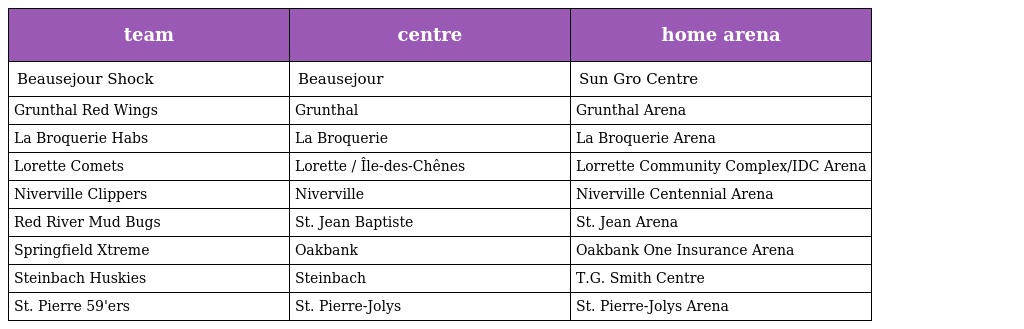
| team | centre | home arena |
 | --- | --- | --- |
 | Beausejour Shock | Beausejour | Sun Gro Centre |
 | Grunthal Red Wings | Grunthal | Grunthal Arena |
 | La Broquerie Habs | La Broquerie | La Broquerie Arena |
 | Lorette Comets | Lorette / Île-des-Chênes | Lorrette Community Complex/IDC Arena |
 | Niverville Clippers | Niverville | Niverville Centennial Arena |
 | Red River Mud Bugs | St. Jean Baptiste | St. Jean Arena |
 | Springfield Xtreme | Oakbank | Oakbank One Insurance Arena |
 | Steinbach Huskies | Steinbach | T.G. Smith Centre |
 | St. Pierre 59'ers | St. Pierre-Jolys | St. Pierre-Jolys Arena |